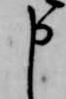
申